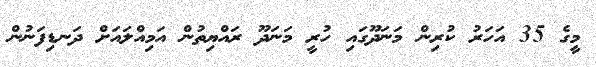
މީގެ 35 އަހަރު ކުރިން މަނަދޫގައި ހުރީ މަނަދޫ ރައްޔިތުން އަމިއްލައަށް ދަނޑިފަނުން